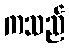
ကသည်